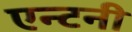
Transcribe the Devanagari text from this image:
एन्टनी